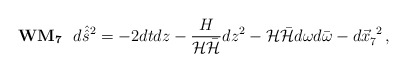
\begin{align*}{\bf WM_{7}}\,\,\,\,d\hat{\hat{s} }{}^{2}=-2dtdz-\frac{H}{{\cal H}\bar{\cal H}} dz^{2}-{\cal H}\bar{\cal H}d\omega d\bar{\omega} -d\vec{x}^{\ 2}_{7}\, ,\end{align*}